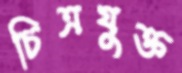
চিত্রযুক্ত